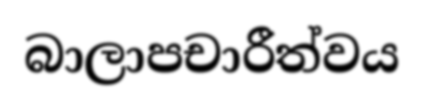
බාලාපචාරීත්වය